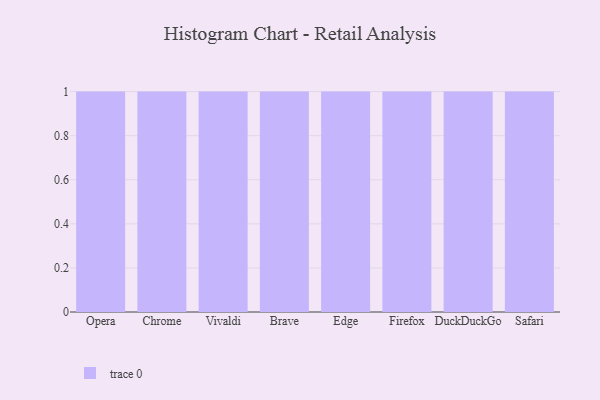
{"axis": {"x": "Browser", "y": "Revenue (USD Million)"}, "legend": [""], "data": [{"x": "Opera", "y": 14, "type": ""}, {"x": "Chrome", "y": 61, "type": ""}, {"x": "Vivaldi", "y": 27, "type": ""}, {"x": "Brave", "y": 62, "type": ""}, {"x": "Edge", "y": 70, "type": ""}, {"x": "Firefox", "y": 42, "type": ""}, {"x": "DuckDuckGo", "y": 94, "type": ""}, {"x": "Safari", "y": 87, "type": ""}]}